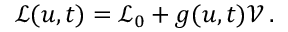
\mathcal { L } ( u , t ) = \mathcal { L } _ { 0 } + g ( u , t ) \mathcal { V } \, .